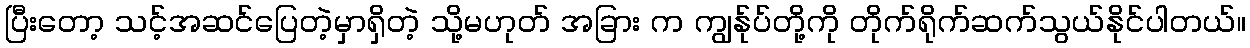
ပြီးတော့ သင့်အဆင်ပြေတဲ့မှာရှိတဲ့ သို့မဟုတ် အခြား က ကျွန်ုပ်တို့ကို တိုက်ရိုက်ဆက်သွယ်နိုင်ပါတယ်။